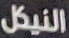
النيكل